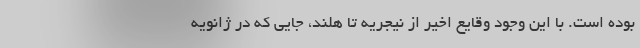
بوده است. با این وجود وقایع اخیر از نیجریه تا هلند، جایی که در ژانویه